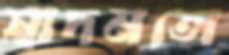
স্বাদমতো